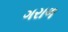
ગરાળ